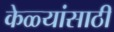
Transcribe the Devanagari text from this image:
केळ्यांसाठी